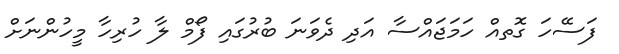
ފަސޭހަ ގޮތއް ހަމަޖައްސާ އަދި ދެވަނަ ބުރުގައި ފޯމް ލާ ހުރިހާ މީހުންނަށް